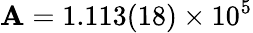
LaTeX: \mathbf{A}=1.113(18)\times10^{5}